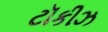
ટૉકીઝ